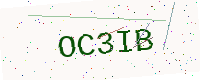
Text: OC3IB